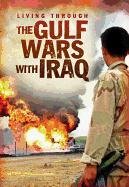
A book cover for The Gulf Wars With Iraq (Living Through. . .); Jane Bingham; Children's Books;